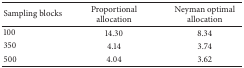
| Sampling blocks | Proportional allocation | Neyman optimal allocation |
 | --- | --- | --- |
 | 100 | 14.30 | 8.34 |
 | 350 | 4.14 | 3.74 |
 | 500 | 4.04 | 3.62 |